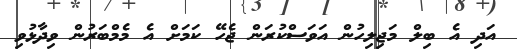
އަދި އެ ބިލް މަޖިލިހުން އަވަސްކުރަން ޖެހޭ ކަމަށް އެ މެމްބަރުން ވިދާޅުވި